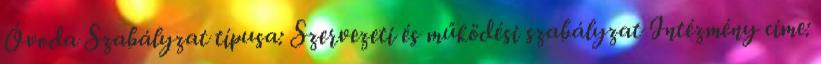
Óvoda Szabályzat típusa: Szervezeti és működési szabályzat Intézmény címe: